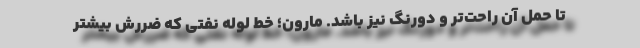
تا حمل آن راحت‌تر و دورنگ نیز باشد. مارون؛ خط لوله نفتی‌ که ضررش بیشتر